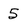
Character: 5